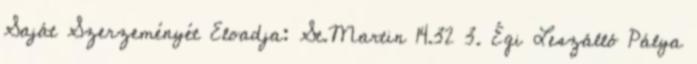
Saját Szerzeményét Eloadja: St.Martin 14.32 3. Égi Leszálló Pálya